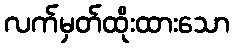
လက်မှတ်ထိုးထားသော